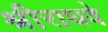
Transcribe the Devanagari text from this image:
श्रीराघवे